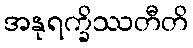
အနုရက္ခိဿတီတိ